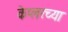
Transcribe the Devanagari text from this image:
केप्लरच्या